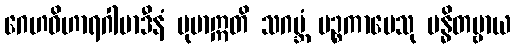
ဂေဟဝိဟာရဂါမာဒီနံ ပုမာဣတိ သဂဗ္ဘံ ပဉ္စကာမေသု ဗန္ဓိတဗ္ဗာယ